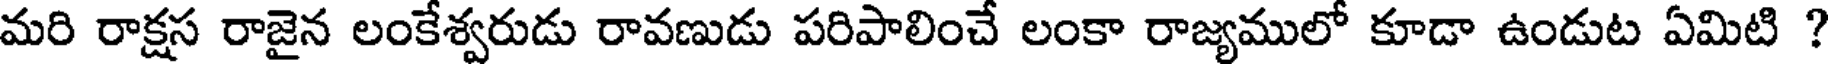
మరి రాక్షస రాజైన లంకేశ్వరుడు రావణుడు పరిపాలించే లంకా రాజ్యములో కూడా ఉండుట ఏమిటి ?